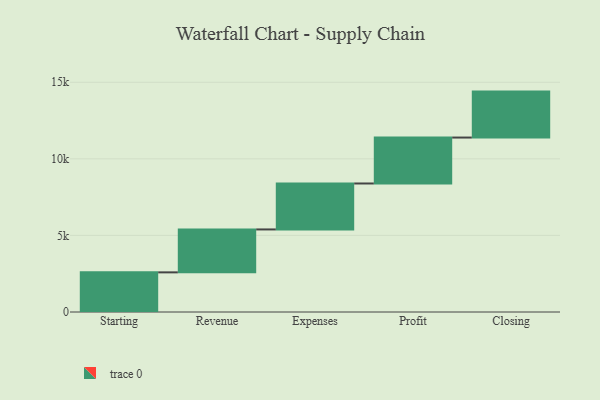
{"axis": {"x": "Step", "y": "Value"}, "legend": [""], "data": [{"x": "Starting", "y": 2588.0, "type": ""}, {"x": "Revenue", "y": 2803.0, "type": ""}, {"x": "Expenses", "y": 3000, "type": ""}, {"x": "Profit", "y": 3000, "type": ""}, {"x": "Closing", "y": 3000, "type": ""}]}